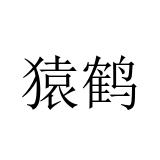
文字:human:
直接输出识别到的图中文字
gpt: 猿鹤